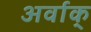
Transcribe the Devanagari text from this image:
अर्वाक्